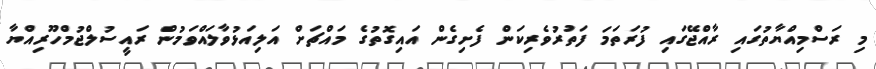
މި ރަސްމިއްޔާތުގައި ރާއްޖޭގައި ފުރަތަމަ ފަތުރުވެރިކަން ފެށިގެން އައިގޮތުގެ މައްޗަށް އަލިއަޅުވާލައްވަމުން ރައީސުލްޖުމްހޫރިއްޔާ